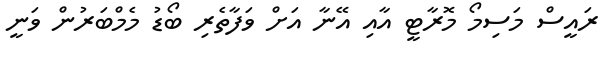
ރައީސް މަސިމޯ މޮރާޓީ އާއި އޭނާ އަށް ވަފާތެރި ބޯޑު މެމްބަރުން ވަނީ